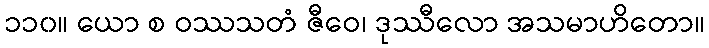
၁၁၀။ ယော စ ဝဿသတံ ဇီဝေ၊ ဒုဿီလော အသမာဟိတော။